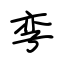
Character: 孪